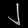
Digit: ၂